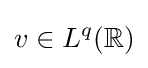
v\in L^{q}(\mathbb {R} )